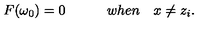
F ( \omega _ { 0 } ) = 0 \quad \quad \quad w h e n \quad x \neq z _ { i } .